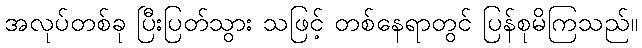
အလုပ်တစ်ခု ပြီးပြတ်သွား သဖြင့် တစ်နေရာတွင် ပြန်စုမိကြသည်။